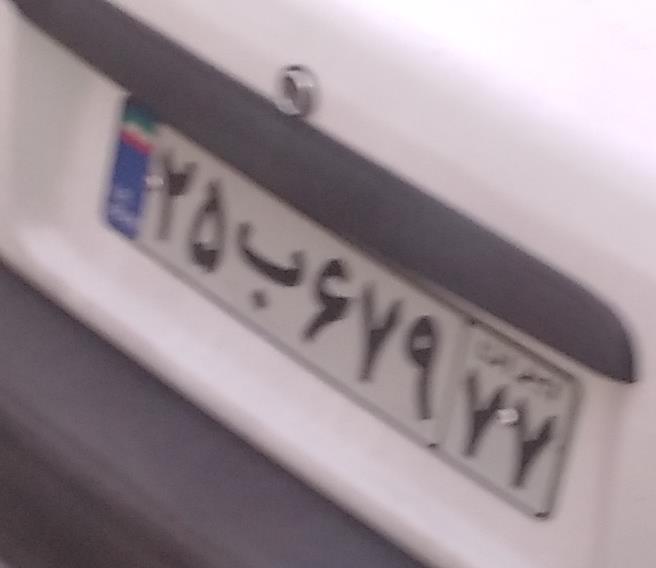
۲۵ب۶۷۹۷۷